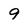
Character: 9